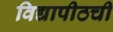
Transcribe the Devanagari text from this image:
विद्यापीठची